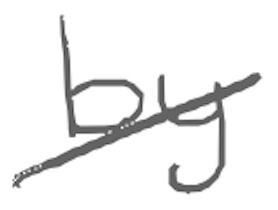
Text: by
Cross-out: diagonal
Writing tool: digital_gray